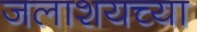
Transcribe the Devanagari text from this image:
जलाशयच्या